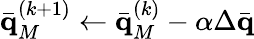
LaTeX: \bar{\mathbf q}_{M}^{(k+1)}\gets\bar{\mathbf q}_{M}^{(k)}-\alpha\Delta\bar{\mathbf q}